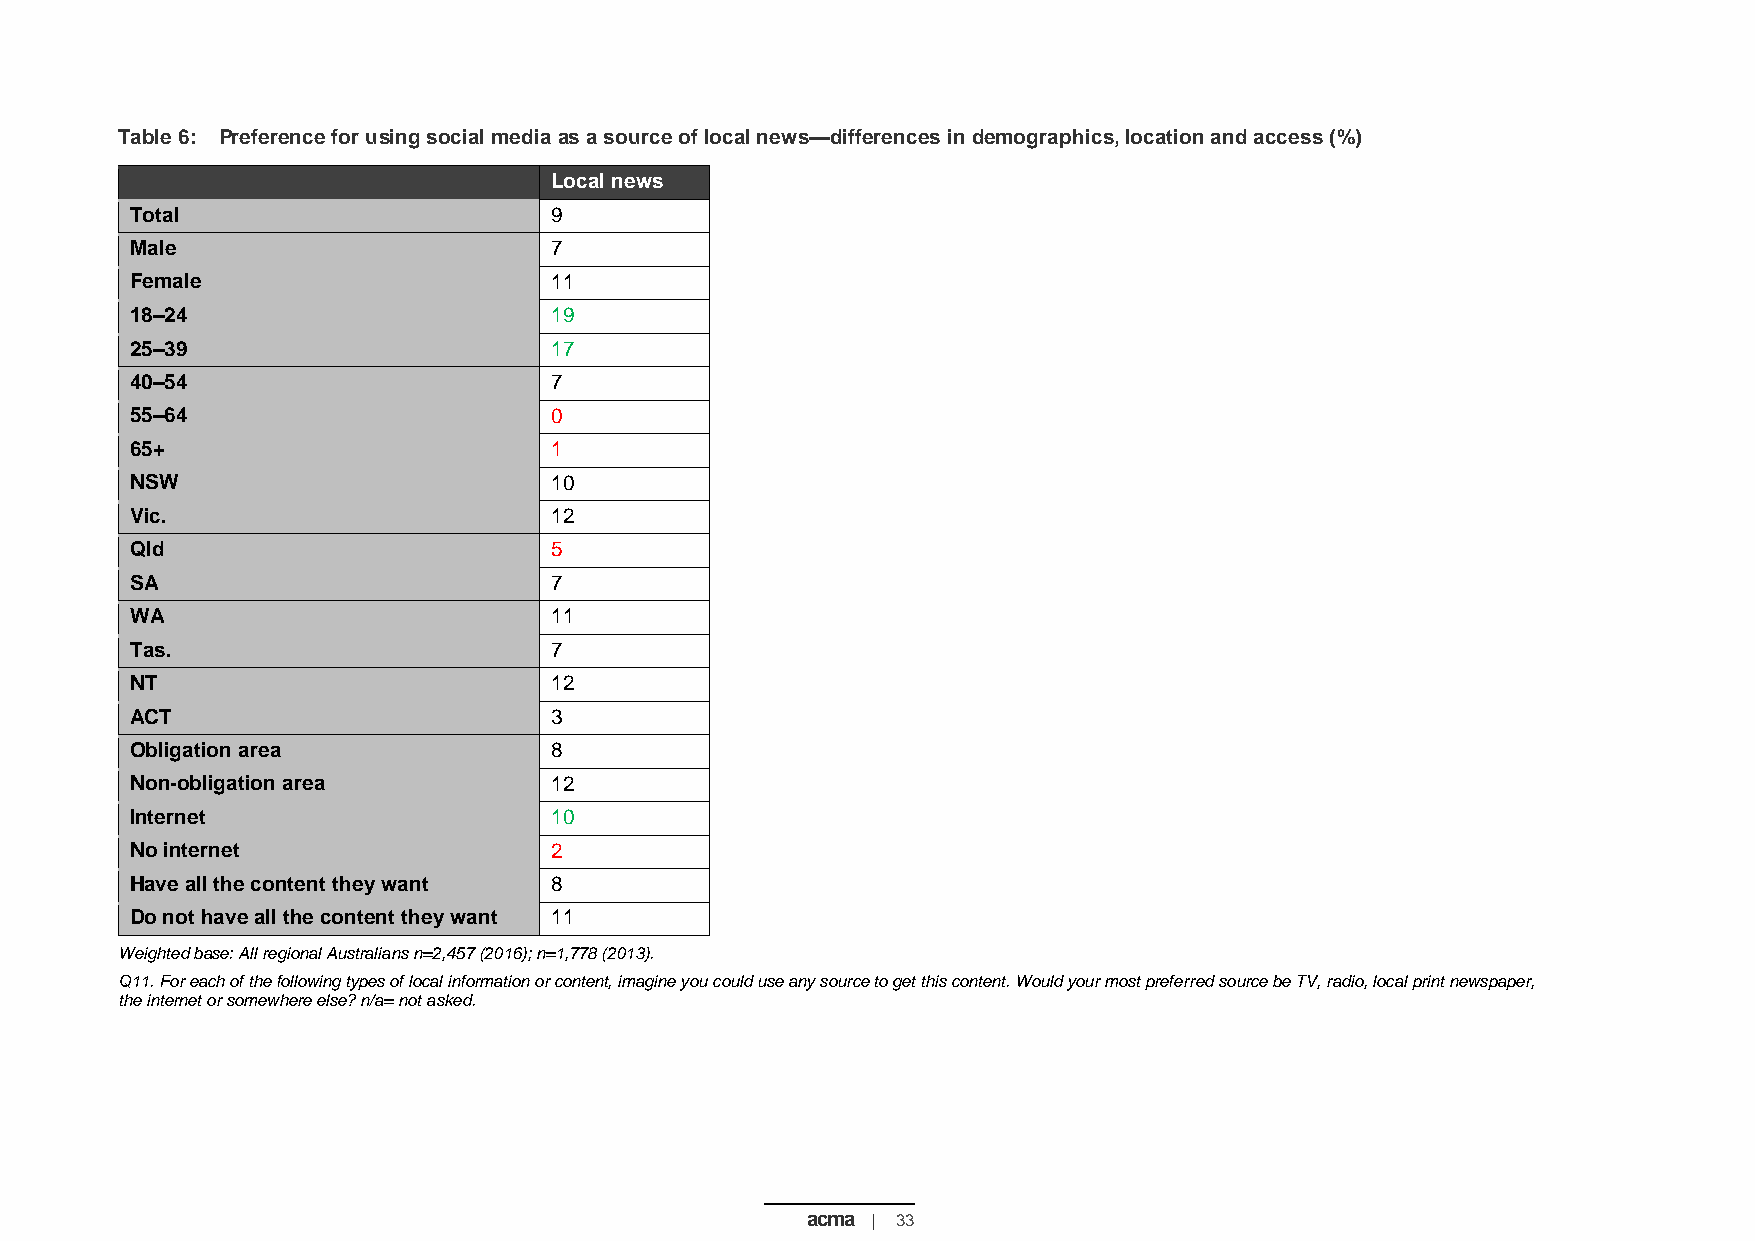
Table 6: Preference for using social media as a source of local news—differences in demographics, location and access (%)
 Local news
 Total                      9
 Male                       7
 Female                     11
 18–24                      19
 25–39                      17
 40–54                      7
 55–64                      0
 65+                        1
 NSW                        10
 Vic.                       12
 Qld                        5
 SA                         7
 WA                         11
 Tas.                       7
 NT                         12
 ACT                        3
 Obligation area            8
 Non-obligation area        12
 Internet                   10
 No internet                2
 Have all the content they want 8
 Do not have all the content they want 11
 Weighted base: All regional Australians n=2,457 (2016); n=1,778 (2013).
 Q11. For each of the following types of local information or content, imagine you could use any source to get this content. Would your most preferred source be TV, radio, local print newspaper,
 the internet or somewhere else? n/a= not asked.
 acma | 33